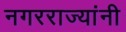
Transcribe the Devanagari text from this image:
नगरराज्यांनी